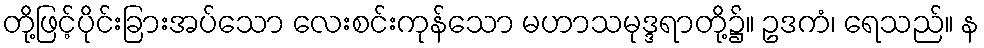
တို့ဖြင့်ပိုင်းခြားအပ်သော လေးစင်းကုန်သော မဟာသမုဒ္ဒရာတို့၌။ ဥဒကံ၊ ရေသည်။ န